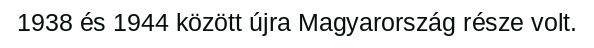
1938 és 1944 között újra Magyarország része volt.